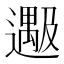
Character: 𬩔